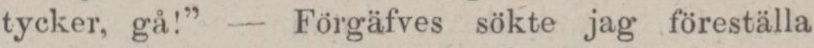
tycker, gå!” — Förgäfves sökte jag föreställa